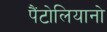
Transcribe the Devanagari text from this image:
पैंटोलियानो